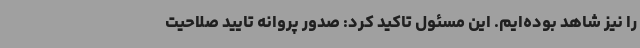
را نیز شاهد بوده‌ایم. این مسئول تاکید کرد: صدور پروانه تایید صلاحیت